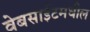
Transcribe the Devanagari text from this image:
वेबसाईटमधील